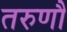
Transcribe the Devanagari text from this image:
तरुणौ